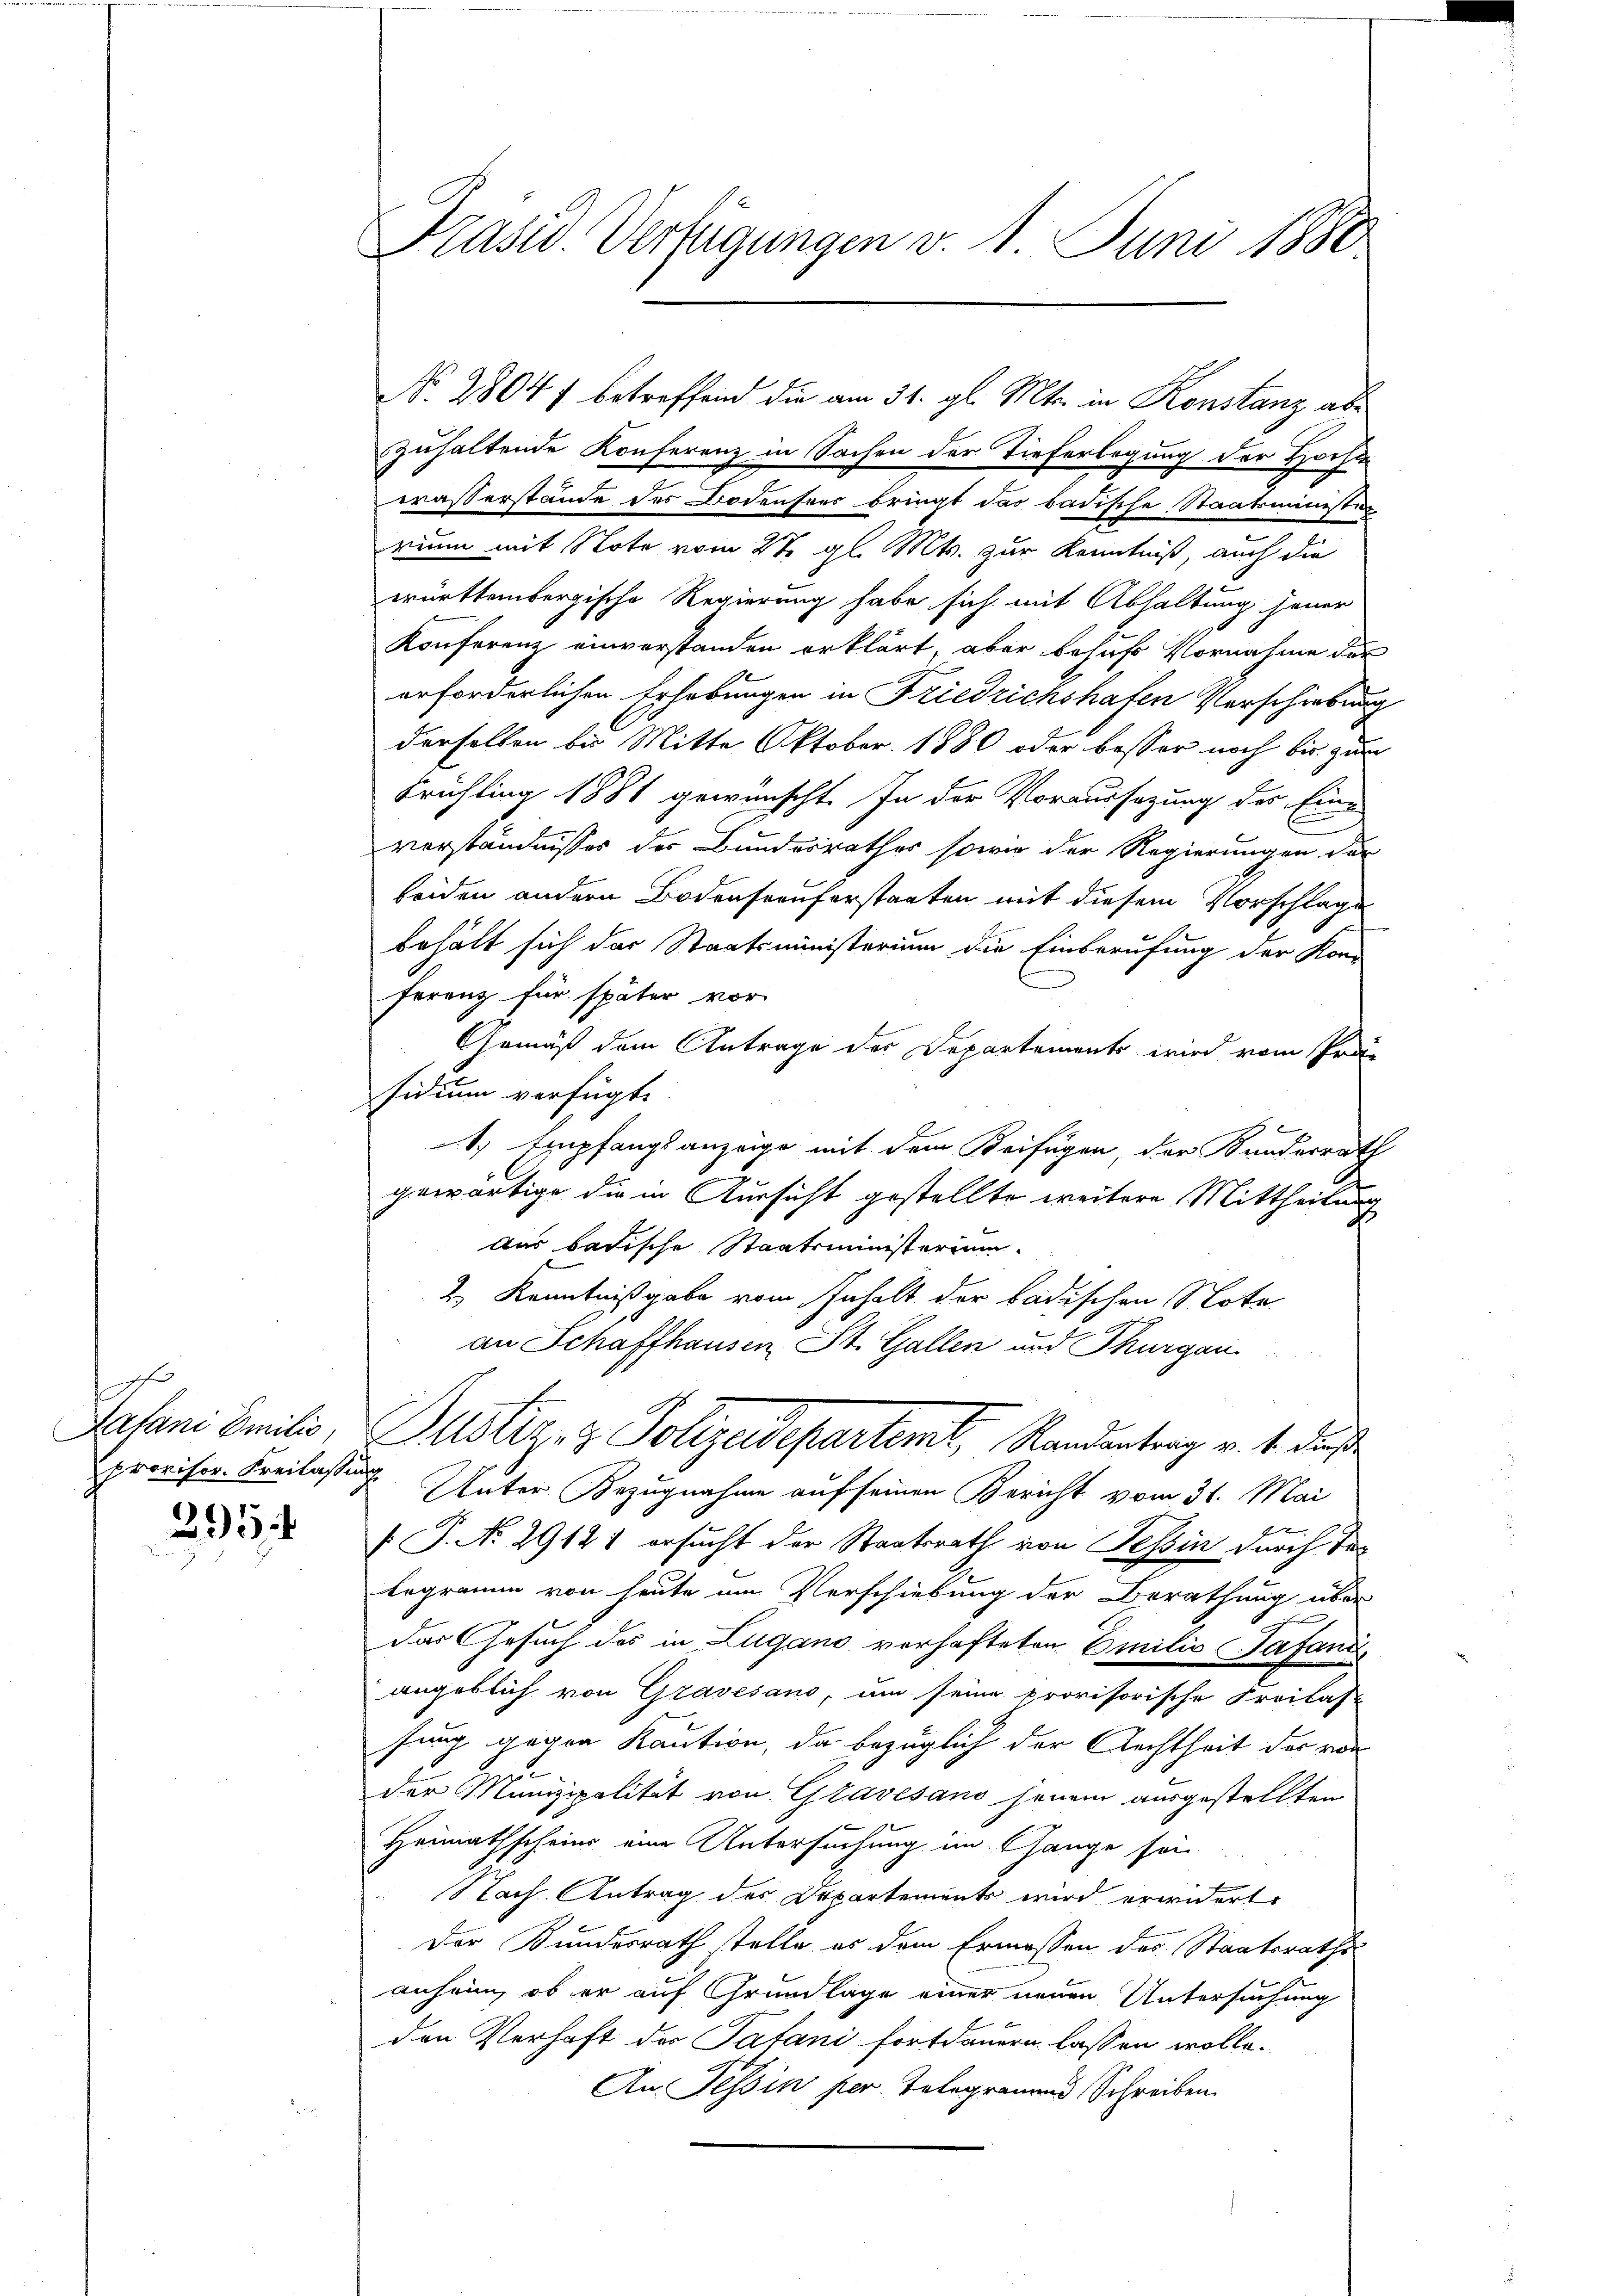
h
provisor. Freilassung

295

Präsid. Verfügungen v. 1. Juni 1880

No. 28047 betreffend die am 31. gl. Mts. in Konstanz abe
zuhaltende Konferenz in Sachen der Tieferlegung der Hoch
waßerstände der Bodensees bringt das badische Staatsministi-
rium mit Note vom 27. gl. Mts. zur Kenntniß, auch die
württembergische Regierung habe sich mit Abhaltung jener
Konferenz einverstanden erklärt, aber behufs Vornahme der
erforderlichen Erhebungen in Friedrichshafen Verschiebung
derselben bis Mitte Oktober 1880 oder besser noch bis zum
Frühling 1881 gewünscht. In der Voraussagung des Eine
verständnisses der Bundesrathes sowie der Regierungen der
beiden andern Bodenseeuferstaaten mit diesem Vorschlage
behält sich das Staatsministerium die Einberufung der Kon-
ferenz für später vor
Gemäß dem Antrage des Departements wird vom Präsidium verfügt:
. Empfangsanzeige mit dem Beifügen, der Bundesrath
gewärtige die in Aussicht gestellte weitere Mittheilung
dus badische Staatsministerium.
2.) Kenntnißgabe vom Inhalt der badischen Note
an Schaffhausen, St. Gallen und Thurgau
Jasani Emilie Justiz & Polizeidepartemt, Randertrag v. 1. daß
Unter Bezugnahme auf seinen Bericht vom 31. Mai
f
 P. N. 29121 ersucht der Staatsrath von Tessin durch das
begramm von heute im Verschiebung der Berathung über
das Gesuch des in Lugano vorhafteten Emilie Tafand
angeblich von Gravesano, um seine provisorische Freilast
fung gegen Kaution, da bezüglich der Rechtheit der von
der Munizipalität von Gravesano hinein ausgestellten
Heimathscheins eine Untersuchung im Gange sei
Nach Antrag des Departements wird erwidert.
Der Bundesrath stelle es dem Ermessen des Staatsraths-
anheim, ob er auf Grundlage einer neuen Untersuchung
den Verhaft des Patani fortdauern lassen wolle.
An Tessin per. Telegramms Schreiben